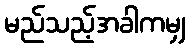
မည်သည့်အခါကမျှ